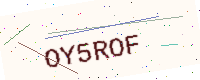
Text: OY5ROF